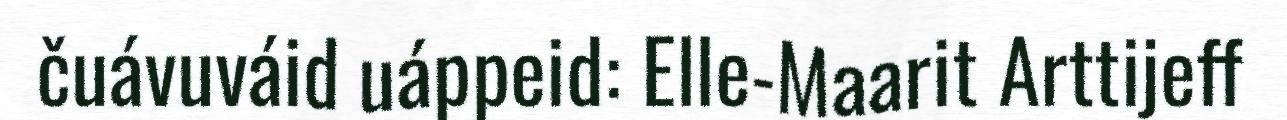
čuávuváid uáppeid: Elle-Maarit Arttijeff